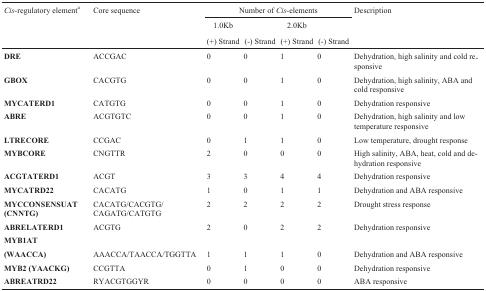
| <ROWSPAN=3> Cis-regulatory elementa | <ROWSPAN=3> Core sequence | <COLSPAN=4> Number of Cis-elements | <ROWSPAN=3> Description |
 | 1.0Kb | 2.0Kb |
 | (+) Strand | (-) Strand | (+) Strand | (-) Strand |
 | --- | --- | --- | --- | --- | --- | --- |
 | DRE | ACCGAC | 0 | 0 | 1 | 0 | Dehydration, highsalinity and cold responsive |
 | GBOX | CACGTG | 0 | 0 | 1 | 0 | Dehydration, highsalinity, ABA and cold responsive |
 | MYCATERD1 | CATGTG | 0 | 0 | 1 | 0 | Dehydrationresponsive |
 | ABRE | ACGTGTC | 0 | 0 | 1 | 0 | Dehydration, highsalinity and low temperature responsive |
 | LTRECORE | CCGAC | 0 | 1 | 1 | 0 | Low temperature,drought response |
 | MYBCORE | CNGTTR | 2 | 0 | 0 | 0 | High salinity, ABA,heat, cold and dehydration responsive |
 | ACGTATERD1 | ACGT | 3 | 3 | 4 | 4 | Dehydrationresponsive |
 | MYCATRD22 | CACATG | 1 | 0 | 1 | 1 | Dehydration and ABAresponsive |
 | MYCCONSENSUAT (CNNTG) | CACATG/CACGTG/CAGATG/CATGTG | 2 | 2 | 2 | 2 | Drought stressresponse |
 | ABRELATERD1 | ACGTG | 2 | 0 | 2 | 2 | Dehydrationresponsive |
 | MYB1AT |  |  |  |  |  |  |
 | (WAACCA) | AAACCA/TAACCA/TGGTTA | 1 | 1 | 1 | 0 | Dehydration and ABAresponsive |
 | MYB2 (YAACKG) | CCGTTA | 0 | 1 | 0 | 0 | Dehydrationresponsive |
 | ABREATRD22 | RYACGTGGYR | 0 | 0 | 0 | 0 | ABA responsive |